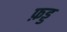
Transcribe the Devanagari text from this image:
फ़ड्ड